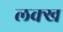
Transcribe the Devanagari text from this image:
लक्ख